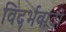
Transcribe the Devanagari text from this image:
विदर्भवादी